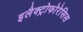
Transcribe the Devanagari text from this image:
इलैक्ट्रोफोरेसिस